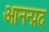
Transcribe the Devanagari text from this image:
आनन्प्रद